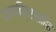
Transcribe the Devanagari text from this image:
छायाचित्रांसहित